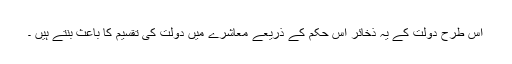
اس طرح دولت کے یہ ذخائر اس حکم کے ذریعے معاشرے میں دولت کی تقسیم کا باعث بنتے ہیں ۔